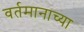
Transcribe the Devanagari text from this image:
वर्तमानाच्या